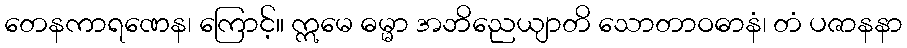
တေနကာရဏေန၊ ကြောင့်။ ဣမေ ဓမ္မာ အဘိညေယျာတိ သောတာဝဓာနံ၊ တံ ပဇာနနာ